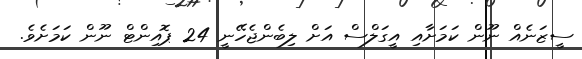
ސީޒަނެއް ނޫން ކަމަށާއި އީގަލްސް އަށް ލިބެންޖެހޭނީ 24 ޕޮއިންޓް ނޫން ކަމަށެވެ.